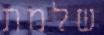
שלמת